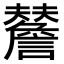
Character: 𧭃